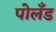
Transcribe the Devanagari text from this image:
पोलँड